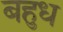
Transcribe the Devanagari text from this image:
बहुध